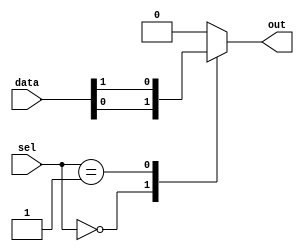
module mux512to1 (
    input [511:0] data,
    input [8:0] sel,
    output reg out
);

always @* begin
    case(sel)
        9'b000000000: out = data[0];
        9'b000000001: out = data[1];
        // add more cases for each input signal
        // up to 512 cases
        default: out = 0;
    endcase
end

endmodule